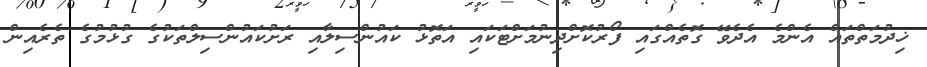
ޚިދުމަތްތައް އެންމެ އެދެވޭ ގޮތެއްގައި ފޯރުކޮށްދިނުމަށްޓަކައި އަަަތޮޅު ކައުންސިލާއި ރަށުކައުންސިލްތަކުގެ ގުޅުމުގެ ތެރެއިން